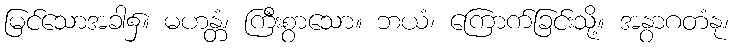
မြင်သောအခါ၌။ မဟန္တံ၊ ကြီးစွာသော။ ဘယံ၊ ကြောက်ခြင်းသို့။ အနွာဂတံနု၊